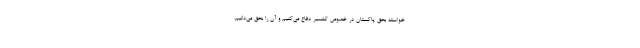
خواسته بحق پاکستان در خصوص کشمیر دفاع می‌کنیم و آن را بحق می‌دانیم.